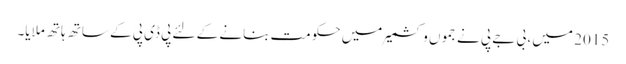
2015 میں ، بی جے پی نے جموں و کشمیر میں حکومت بنانے کے لئے پی ڈی پی کے ساتھ ہاتھ ملایا۔